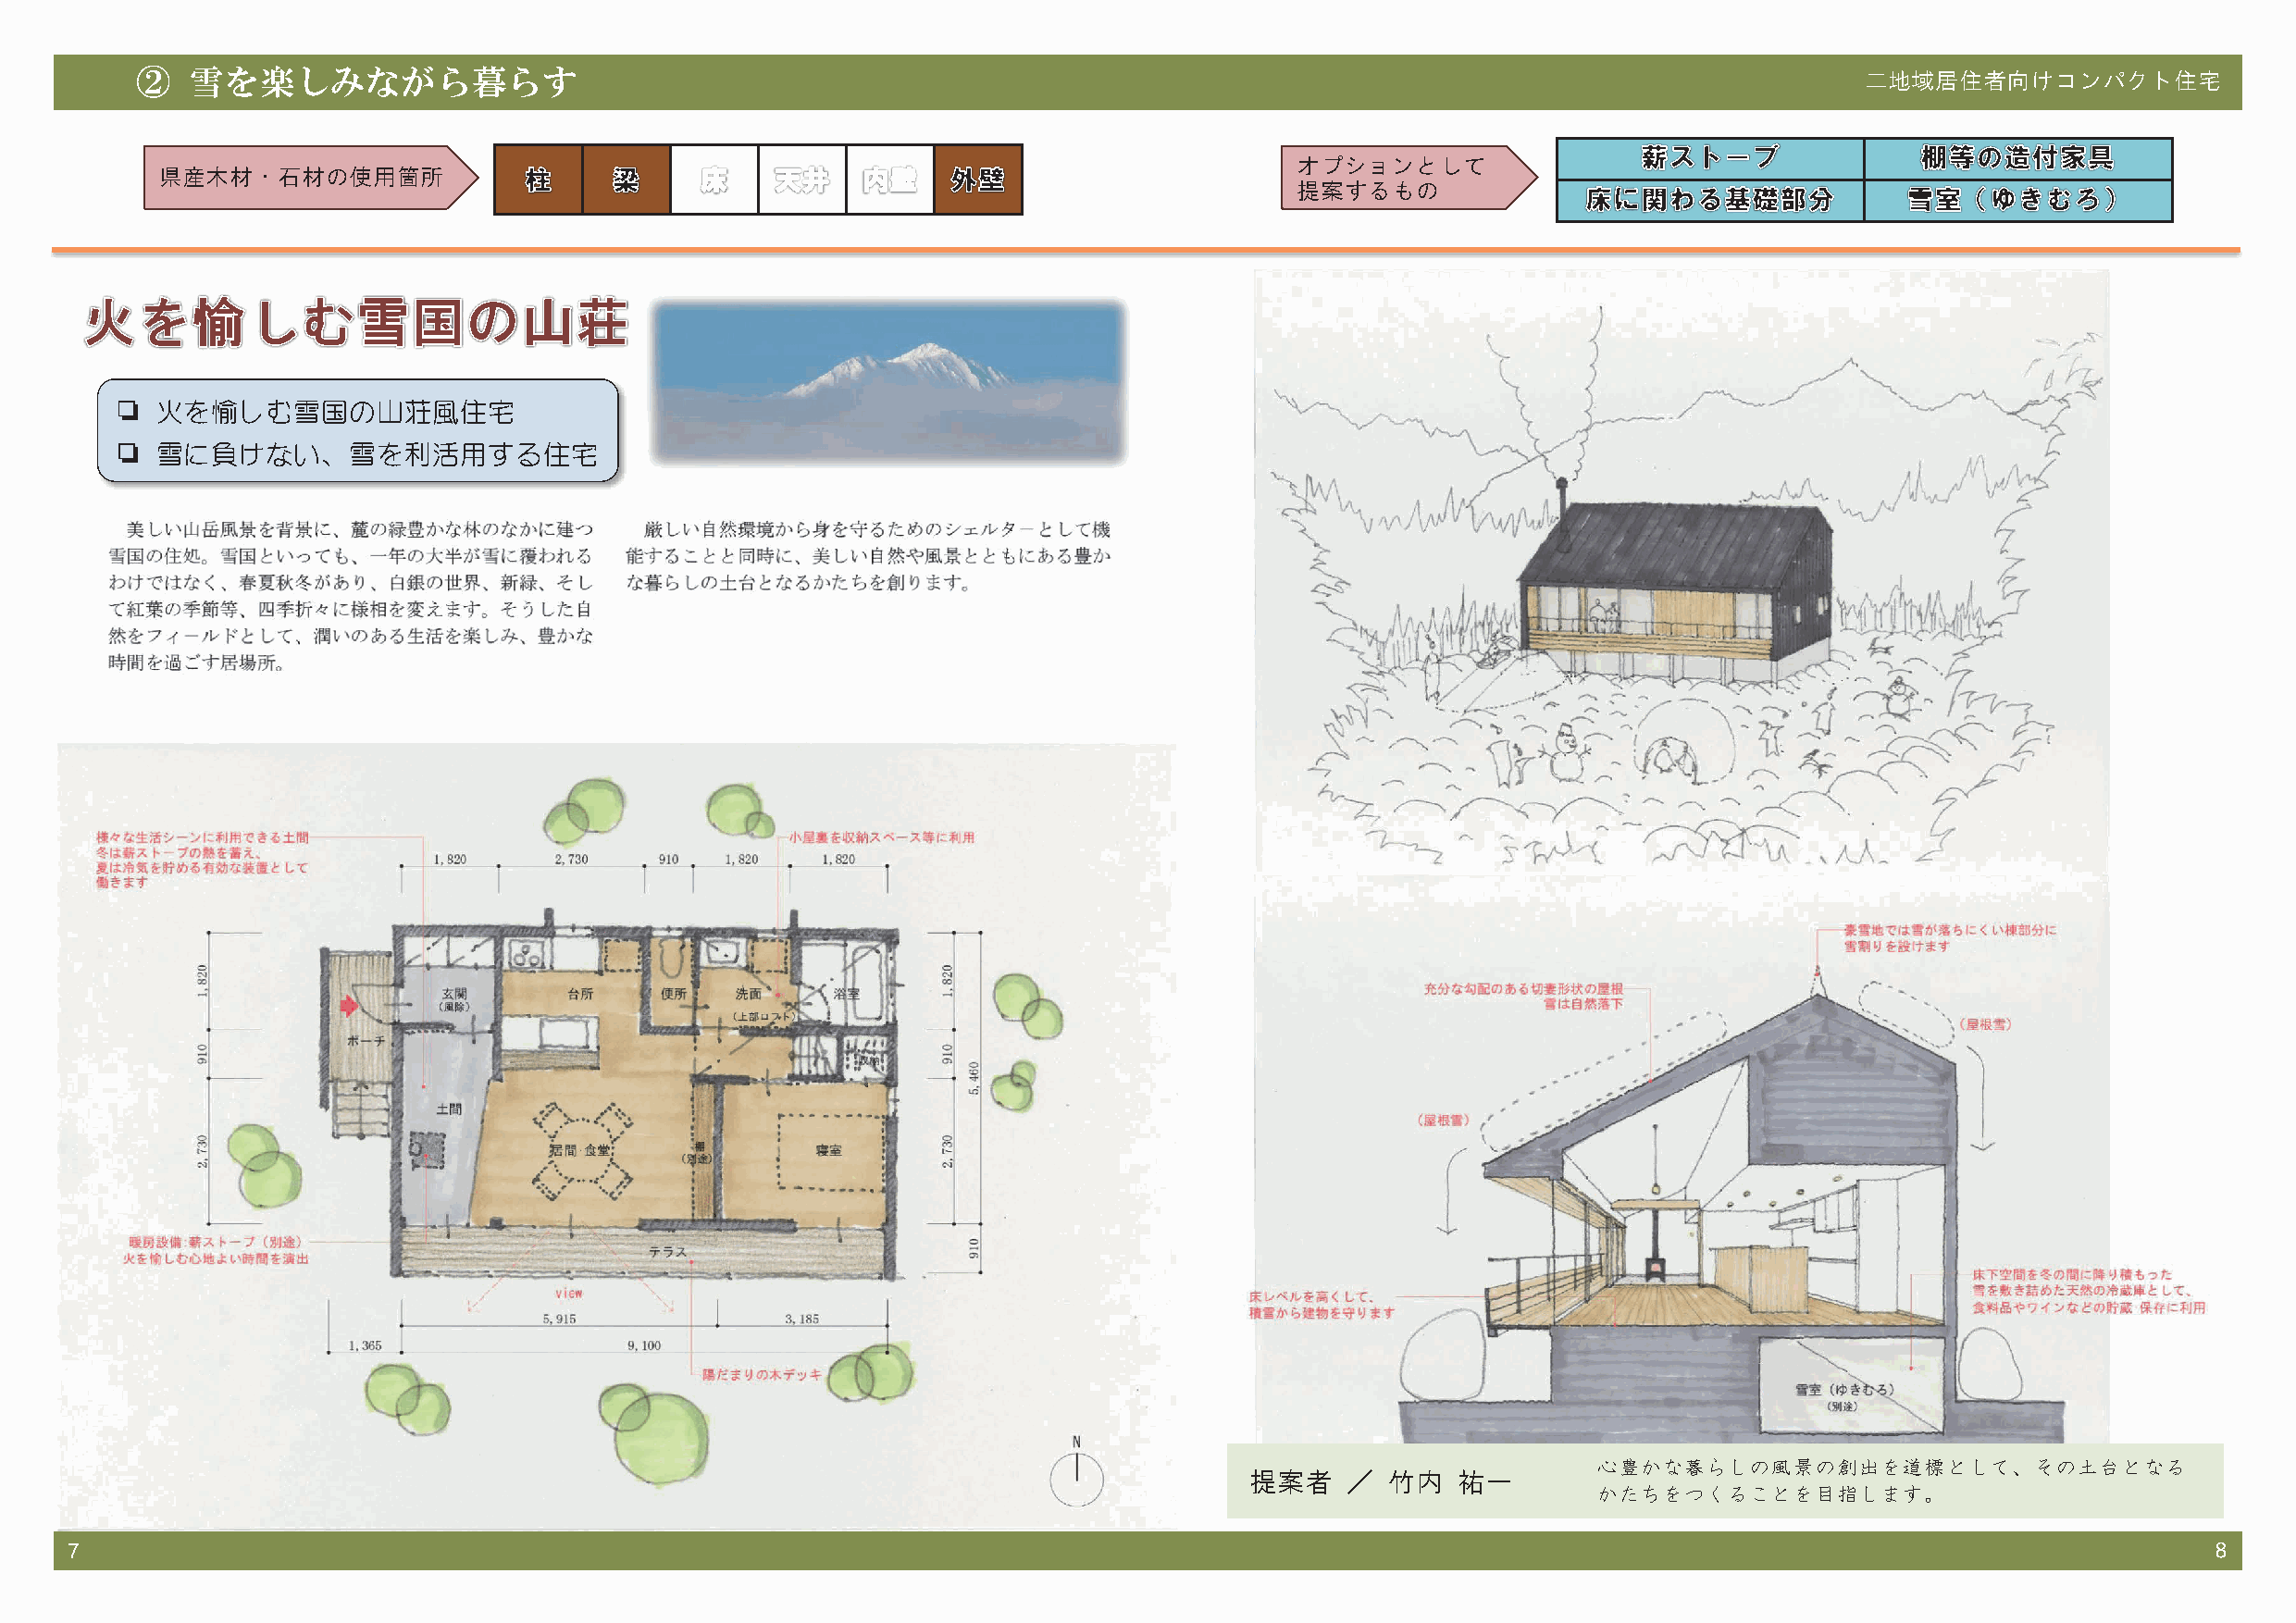
②   雪を楽しみながら暮らす                                                                                                            二地域居住者向けコンパクト住宅
 オプションとして
 県産木材・石材の使用箇所
 提案するもの
 ❏  火を愉しむ雪国の山荘風住宅
 ❏  雪に負けない、雪を利活用する住宅
 心豊かな暮らしの風景の創出を道標として、その土台となる
 提案者    ／  竹内   祐一
 かたちをつくることを目指します。
 7                                                                                                                                                        8